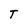
Character: T